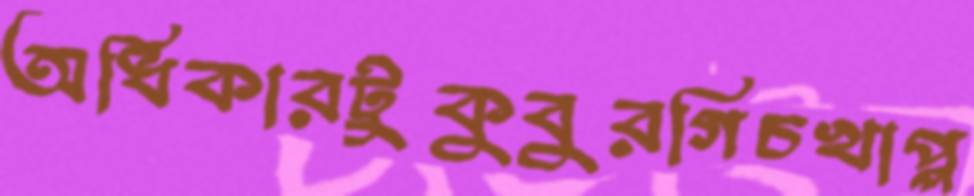
অধিকারটুকুবুরগিচখাপ্প